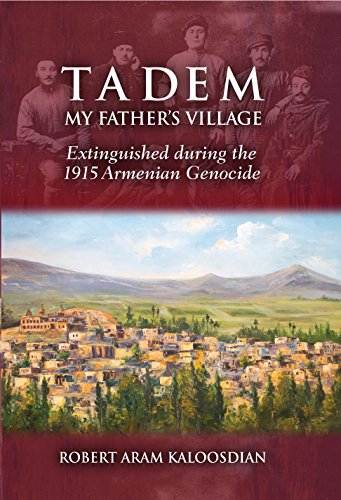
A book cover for Tadem, My Father's Village: Extinguished during the 1915 Armenian Genocide; Robert Aram Kaloosdian; History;